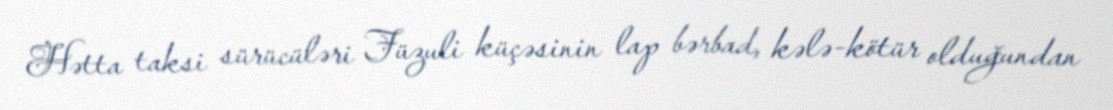
Hətta taksi sürücüləri Füzuli küçəsinin lap bərbad, kələ-kötür olduğundan